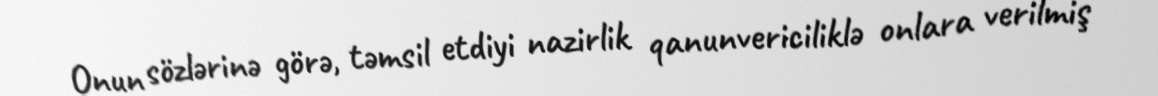
Onun sözlərinə görə, təmsil etdiyi nazirlik qanunvericiliklə onlara verilmiş